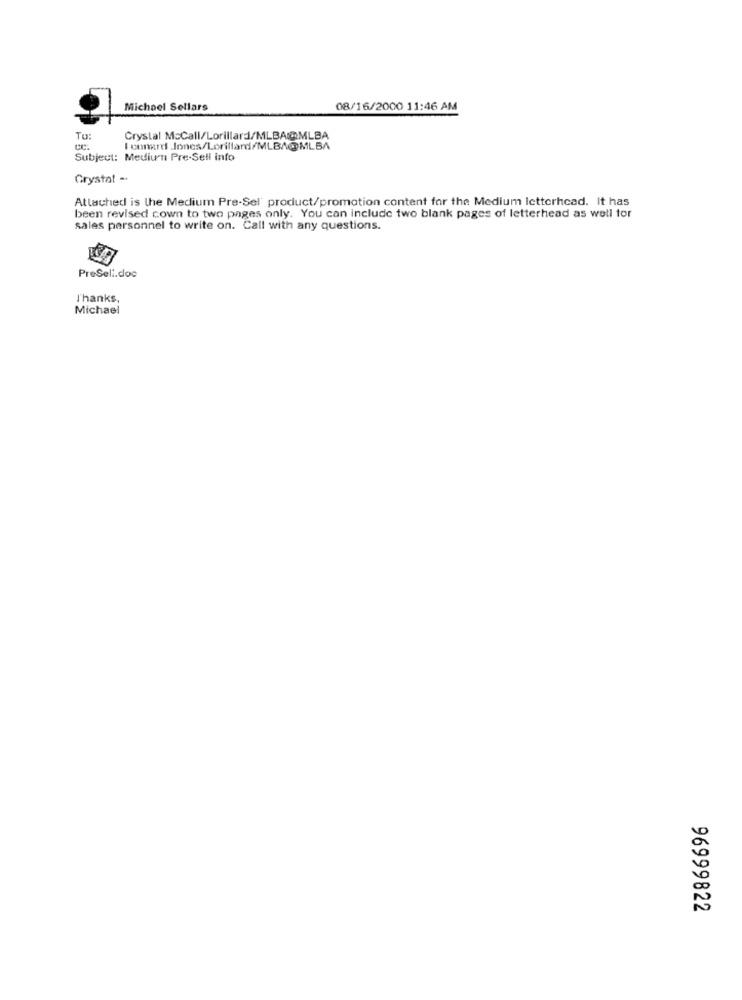
Michael Sellars
08/16/2000 11:46 AM
TU:
Crystal McCall/Lorillard/MLBA@MLBA
I conard Jones/Lorillard/MLBA@MLBA
Subject: Mediun Pre-Sell info
Crystal -
Attached is the Medium Pre-Sel' product/promotion content for the Medium letterhead. It has
been revised cown to two pages only. You can include two blank pages of letterhead as well for
sales personnel to write on. Call with any questions.
PreSeli.doc
l'hanks,
Michael
96999822